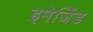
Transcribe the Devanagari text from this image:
इमेजिंड